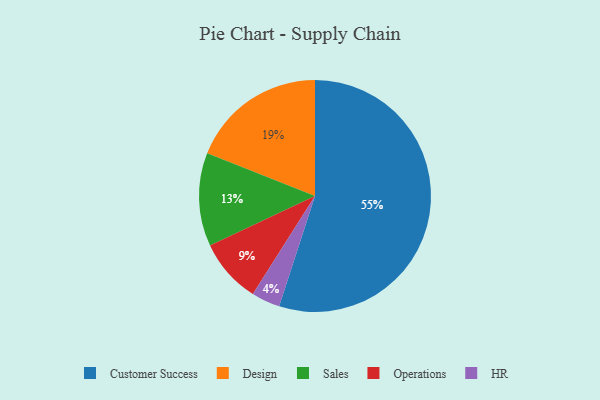
{"axis": {"x": "Category", "y": "Percentage"}, "legend": ["Customer Success", "Design", "HR", "Operations", "Sales"], "data": [{"x": "Sales", "y": 13, "type": "Sales"}, {"x": "Customer Success", "y": 55, "type": "Customer Success"}, {"x": "HR", "y": 4, "type": "HR"}, {"x": "Design", "y": 19, "type": "Design"}, {"x": "Operations", "y": 9, "type": "Operations"}]}